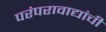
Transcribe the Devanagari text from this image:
परंपरावाद्यांची